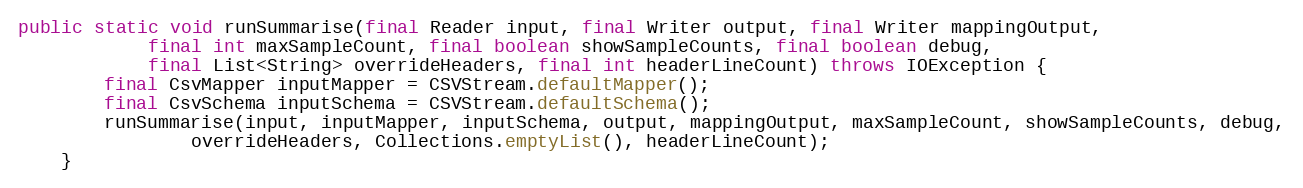
Language: Java
public static void runSummarise(final Reader input, final Writer output, final Writer mappingOutput,
			final int maxSampleCount, final boolean showSampleCounts, final boolean debug,
			final List<String> overrideHeaders, final int headerLineCount) throws IOException {
		final CsvMapper inputMapper = CSVStream.defaultMapper();
		final CsvSchema inputSchema = CSVStream.defaultSchema();
		runSummarise(input, inputMapper, inputSchema, output, mappingOutput, maxSampleCount, showSampleCounts, debug,
				overrideHeaders, Collections.emptyList(), headerLineCount);
	}